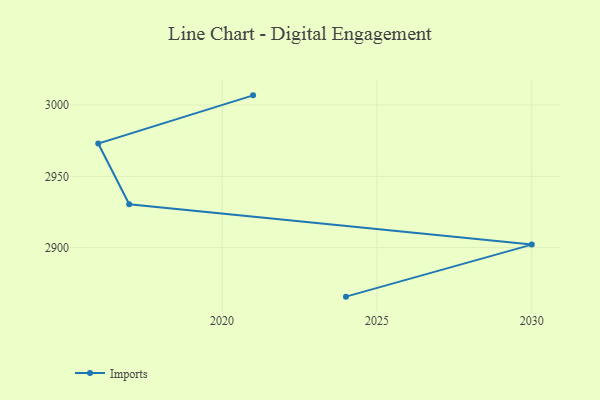
{"axis": {"x": "Year", "y": "Inventory Turnover"}, "legend": ["Imports"], "data": [{"x": "2024", "y": 2865.6, "type": "Imports"}, {"x": "2030", "y": 2902.1, "type": "Imports"}, {"x": "2017", "y": 2930.4, "type": "Imports"}, {"x": "2016", "y": 2973.0, "type": "Imports"}, {"x": "2021", "y": 3006.8, "type": "Imports"}]}